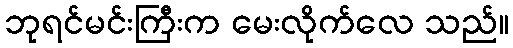
ဘုရင်မင်းကြီးက မေးလိုက်လေ သည်။